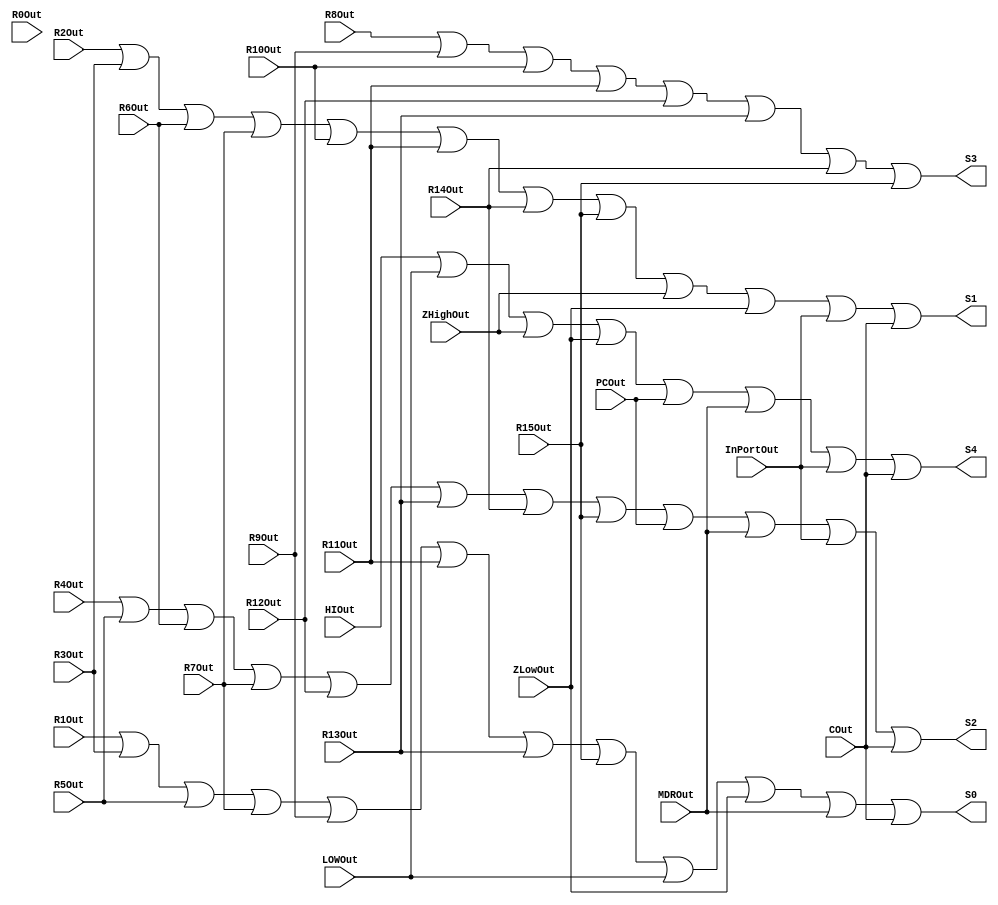
module BusEncoder(
	input R0Out,
	input R1Out,
	input R2Out,
	input R3Out, 
	input R4Out,
	input R5Out,
	input R6Out,
	input R7Out,
	input R8Out, 
	input R9Out, 
	input R10Out, 
	input R11Out,
	input R12Out,
	input R13Out, 
	input R14Out,
	input R15Out,
	
	input HIOut,
	input LOWOut,
	input ZHighOut,
	input ZLowOut,
	input PCOut, 
	input MDROut,
	input InPortOut,
	input COut,
	
	
	output S0,
	output S1,
	output S2,
	output S3,
	output S4
);


assign S0 = (R1Out || R3Out || R5Out || R7Out || R9Out || R11Out || R13Out || R15Out || LOWOut || ZLowOut || MDROut || COut);
assign S1 = (R2Out || R3Out || R6Out || R7Out || R10Out || R11Out || R14Out || R15Out || ZHighOut || ZLowOut || InPortOut || COut);
assign S2 = (R4Out || R5Out || R6Out || R7Out || R12Out || R13Out || R14Out || R15Out || PCOut || MDROut || InPortOut || COut);
assign S3 = (R8Out || R9Out || R10Out || R11Out || R12Out || R13Out || R14Out || R15Out);
assign S4 = (HIOut || LOWOut || ZHighOut || ZLowOut || PCOut || MDROut || InPortOut || COut);	
	
endmodule